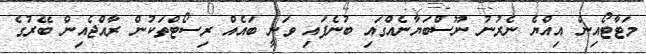
މަޓާޓޯއިން އިއްޔެ ނެރުނު ނޫސްބަޔާނެއްގައި ބުނެފައި ވަނީ ބައެއް ރިސޯޓްތަކުން ރާއްޖެއިން ބޭރުގެ